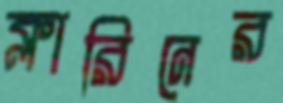
ক্লারিনের